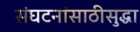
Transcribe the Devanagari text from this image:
संघटनांसाठीसुद्धा